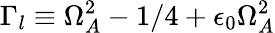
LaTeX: \Gamma_{l}\equiv\Omega_{A}^{2}-1/4+\epsilon_{0}\Omega_{A}^{2}